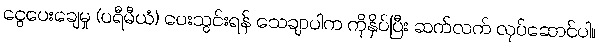
ငွေပေးချေမှု (ပရီမီယံ) ပေးသွင်းရန် သေချာပါက ကိုနှိပ်ပြီး ဆက်လက် လုပ်ဆောင်ပါ။